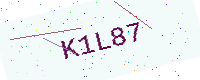
Text: K1L87